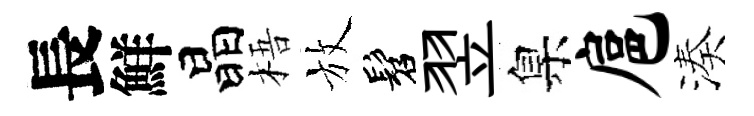
長鮮晶梧放髫翌臬扈湊